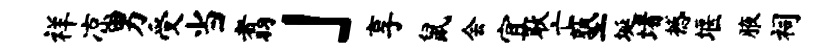
祥凉男受当翥」享鼠会宜耿亡塾埏堵撼堰腋祠